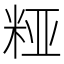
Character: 𮇔